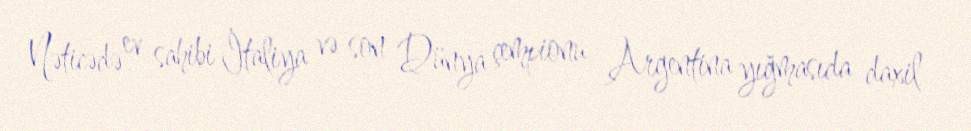
Nəticədə ev sahibi İtaliya və son Dünya çempionu Argentina yığmasıda daxil